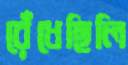
রেঁধেছিলি